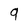
Character: 9